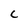
Character: C